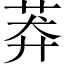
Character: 莽